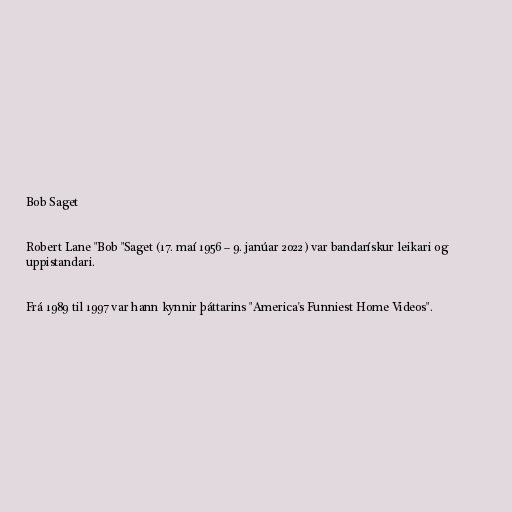
Bob Saget

Robert Lane "Bob "Saget (17. maí 1956 – 9. janúar 2022) var bandarískur leikari og
uppistandari.

Frá 1989 til 1997 var hann kynnir þáttarins "America's Funniest Home Videos".